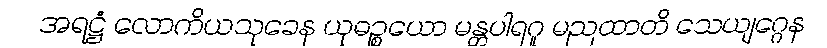
အရဋ္ဌံ လောကိယသုခေန ယုဓဉ္စယော မန္တပါရဂူ မညထာတိ သေယျဂ္ဂေန